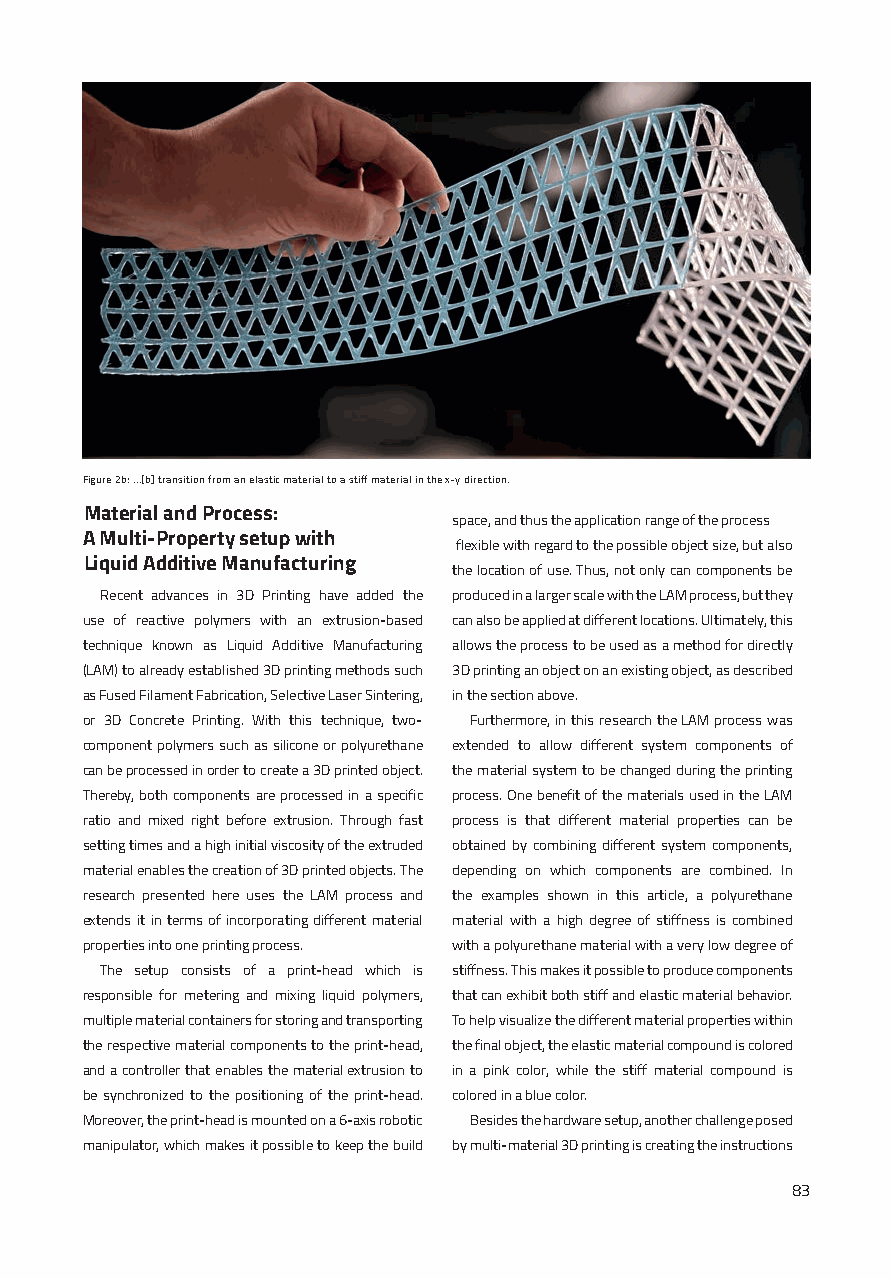
Figure 2b: ...[b] transition from an elastic material to a stiff material in the x-y direction.
 Material and Process:
 space, and thus the application range of the process
 A Multi-Property setup with
 flexible with regard to the possible object size, but also
 Liquid Additive Manufacturing
 the location of use. Thus, not only can components be
 Recent advances in 3D Printing have added the produced in a larger scale with the LAM process, but they
 use of reactive polymers with an extrusion-based can also be applied at different locations. Ultimately, this
 technique known as Liquid Additive Manufacturing allows the process to be used as a method for directly
 (LAM) to already established 3D printing methods such 3D printing an object on an existing object, as described
 as Fused Filament Fabrication, Selective Laser Sintering, in the section above.
 or 3D Concrete Printing. With this technique, two- Furthermore, in this research the LAM process was
 component polymers such as silicone or polyurethane extended to allow different system components of
 can be processed in order to create a 3D printed object. the material system to be changed during the printing
 Thereby, both components are processed in a specific process. One benefit of the materials used in the LAM
 ratio and mixed right before extrusion. Through fast process is that different material properties can be
 setting times and a high initial viscosity of the extruded obtained by combining different system components,
 material enables the creation of 3D printed objects. The depending on which components are combined. In
 research presented here uses the LAM process and the examples shown in this article, a polyurethane
 extends it in terms of incorporating different material material with a high degree of stiffness is combined
 properties into one printing process. with a polyurethane material with a very low degree of
 The setup consists of a print-head which is stiffness. This makes it possible to produce components
 responsible for metering and mixing liquid polymers, that can exhibit both stiff and elastic material behavior.
 multiple material containers for storing and transporting To help visualize the different material properties within
 the respective material components to the print-head, the final object, the elastic material compound is colored
 and a controller that enables the material extrusion to in a pink color, while the stiff material compound is
 be synchronized to the positioning of the print-head. colored in a blue color.
 Moreover, the print-head is mounted on a 6-axis robotic Besides the hardware setup, another challenge posed
 manipulator, which makes it possible to keep the build by multi-material 3D printing is creating the instructions
 83